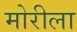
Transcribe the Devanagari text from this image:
मोरीला